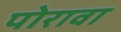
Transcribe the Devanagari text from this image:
पोरावा